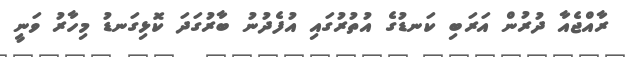
ރާއްޖެއާ ދުރުން އަރަބި ކަނޑުގެ އުތުރުގައި އުފެދުނު ބާރުގަދަ ކޮޅިގަނޑު މިހާރު ވަނީ